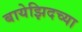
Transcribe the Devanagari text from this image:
बायेझिदच्या